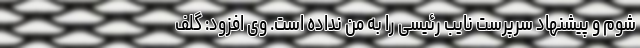
شوم و پیشنهاد سرپرست نایب رئیسی را به من نداده است. وی افزود: گلف